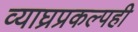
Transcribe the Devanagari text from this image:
व्याघ्रप्रकल्पही